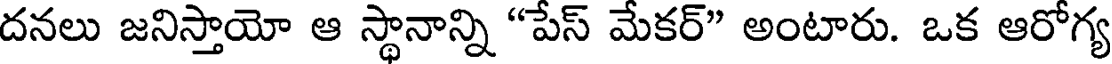
దనలు జనిస్తాయో ఆ స్థానాన్ని "పేస్ మేకర్" అంటారు. ఒక ఆరోగ్య